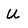
Character: U